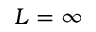
L = \infty